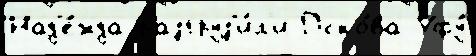
Над'е́жда разгруз'и́л'и Пско́ва Уфу́